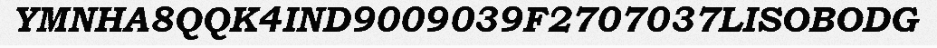
YMNHA8QQK4IND9009039F2707037LISOBODG